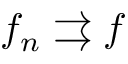
f _ { n } \rightrightarrows f